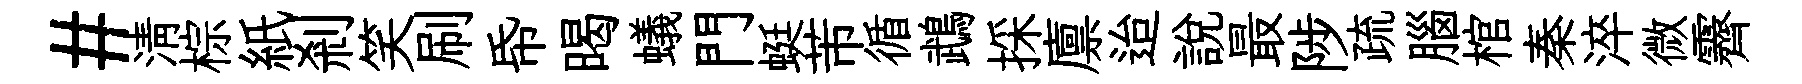
#清棕紙剎笑刷帋暍蟻門蜓芾循鵡採廪迨説最陟疏腦棺秦淬微霽